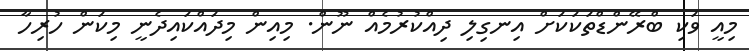
މިއީ ވަކި ބްރޭންޑްތަކަކަށް އިނގިލި ދިއްކުރުމެއް ނޫން. މިއިން މިދައްކައިދެނީ މިކަން ހުރިހާ